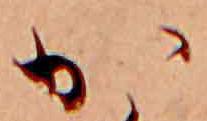
か